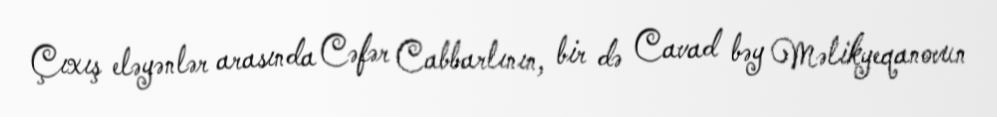
Çıxış eləyənlər arasında Cəfər Cabbarlının, bir də Cavad bəy Məlikyeqanovun